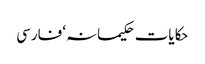
حکایات حکیمانہ‘ فارسی